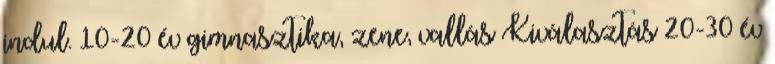
indul. 10-20 év gimnasztika, zene, vallás Kiválasztás 20-30 év